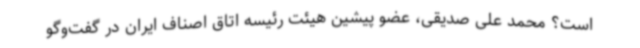
است؟ محمد علی صدیقی، عضو پیشین هیئت رئیسه اتاق اصناف ایران در گفت‌وگو